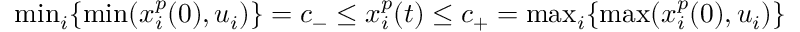
\begin{array} { r } { \operatorname* { m i n } _ { i } \{ \operatorname* { m i n } ( x _ { i } ^ { p } ( 0 ) , u _ { i } ) \} = c _ { - } \leq x _ { i } ^ { p } ( t ) \leq c _ { + } = \operatorname* { m a x } _ { i } \{ \operatorname* { m a x } ( x _ { i } ^ { p } ( 0 ) , u _ { i } ) \} } \end{array}